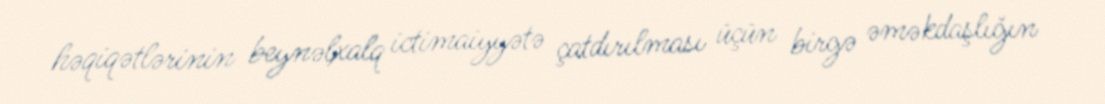
həqiqətlərinin beynəlxalq ictimaiyyətə çatdırılması üçün birgə əməkdaşlığın